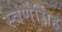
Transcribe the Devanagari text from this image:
स्वर्णसिंह